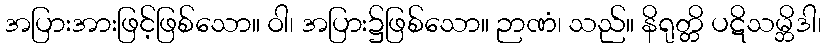
အပြားအားဖြင့်ဖြစ်သော။ ဝါ၊ အပြား၌ဖြစ်သော။ ဉာဏံ၊ သည်။ နိရုတ္တိ ပဋိသမ္ဘိဒါ၊